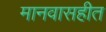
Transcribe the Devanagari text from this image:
मानवासहीत